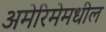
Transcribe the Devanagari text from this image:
अमेरिमेमधील